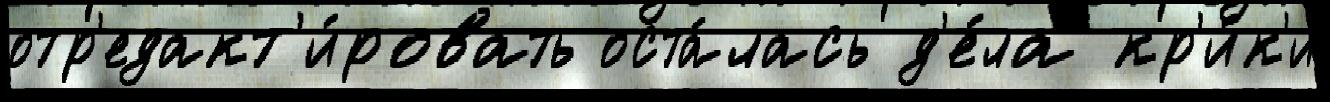
отр'едакт'и́ровать оста́лась д'е́ла кр'и́к'и